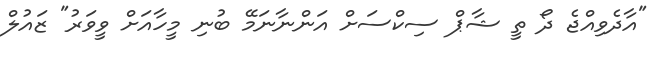
"އާދެވިއްޖެ ދޯ ތީ ޝާޕް ސިކްސަށް އަންނާނަމޭ ބުނި މީހާއަށް ވީވަރު" ޒައުލް